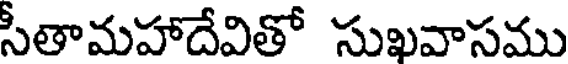
సీతామహాదేవితో సుఖవాసము